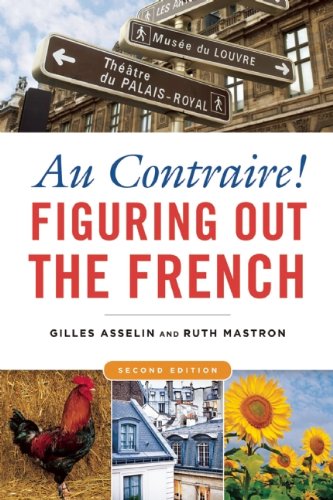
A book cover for Au Contraire: Figuring Out the French, 2nd edition; Gilles Asselin; Politics & Social Sciences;